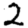
Digit: 2